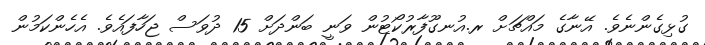
ގުޅިގެންނެވެ. އޭނާގެ މައްޗަށް ރ.އުނގޫފާރުކޯޓުން ވަނީ ބަންދަށް 15 ދުވަސް ޖަހާފައެވެ. އެހެންކަމުން